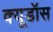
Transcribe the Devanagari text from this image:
क्यूडॉस